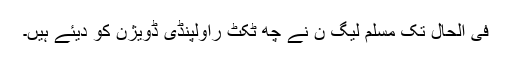
فی الحال تک مسلم لیگ ن نے چھ ٹکٹ راولپنڈی ڈویژن کو دیئے ہیں۔